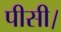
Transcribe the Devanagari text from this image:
पीसी।